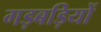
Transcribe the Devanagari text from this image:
गड़बड़ियों